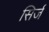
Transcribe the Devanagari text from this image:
सिर्ज